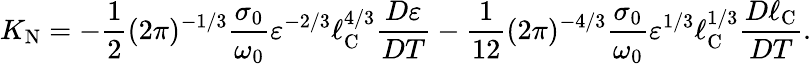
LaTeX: K_{\textrm{N}}=-\frac{1}{2}(2\pi)^{-1/3}\frac{\sigma_{0}}{\omega_{0}}\varepsilon^{-2/3}\ell_{\textrm{C}}^{4/3}\frac{D\varepsilon}{DT}-\frac{1}{12}(2\pi)^{-4/3}\frac{\sigma_{0}}{\omega_{0}}\varepsilon^{1/3}\ell_{\textrm{C}}^{1/3}\frac{D\ell_{\textrm{C}}}{DT}.